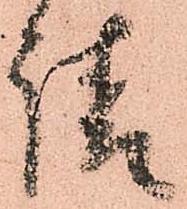
請